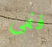
ففى